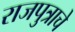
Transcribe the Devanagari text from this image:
राजपुत्राचे